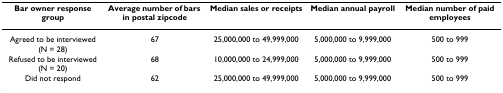
<table><thead><tr><td><b>Bar owner response group</b></td><td><b>Average number of bars in postal zipcode</b></td><td><b>Median sales or receipts</b></td><td><b>Median annual payroll</b></td><td><b>Median number of paid employees</b></td></tr></thead><tbody><tr><td>Agreed to be interviewed(N = 28)</td><td>67</td><td>25,000,000 to 49,999,000</td><td>5,000,000 to 9,999,000</td><td>500 to 999</td></tr><tr><td>Refused to be interviewed(N = 20)</td><td>68</td><td>10,000,000 to 24,999,000</td><td>5,000,000 to 9,999,000</td><td>500 to 999</td></tr><tr><td>Did not respond</td><td>62</td><td>25,000,000 to 49,999,000</td><td>5,000,000 to 9,999,000</td><td>500 to 999</td></tr></tbody></table>